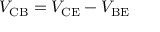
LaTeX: V _ { \mathrm { C B } } = V _ { \mathrm { C E } } - V _ { \mathrm { B E } }